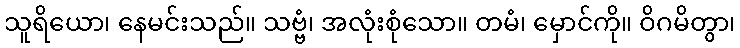
သူရိယော၊ နေမင်းသည်။ သဗ္ဗံ၊ အလုံးစုံသော။ တမံ၊ မှောင်ကို။ ဝိဂမိတွာ၊